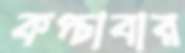
কপ্‌চাবার